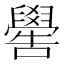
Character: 嚳